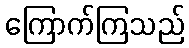
ကြောက်ကြသည်